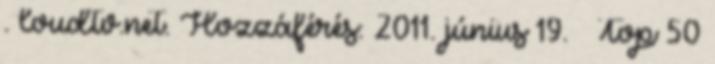
. loudtv.net. Hozzáférés: 2011. június 19. ↑ Top 50